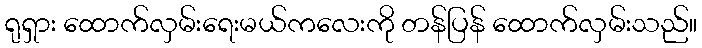
ရုရှား ထောက်လှမ်းရေးမယ်ကလေးကို တန်ပြန် ထောက်လှမ်းသည်။